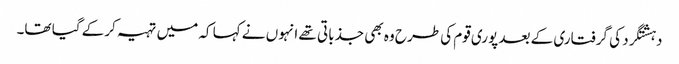
دہشتگرد کی گرفتاری کے بعد پوری قوم کی طرح وہ بھی جذباتی تھے انہوں نے کہا کہ میں تہیہ کرکے گیا تھا۔